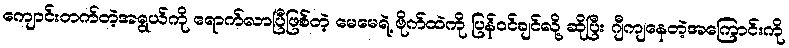
ကျောင်းတက်တဲ့အရွယ်ကို ရောက်လာပြီဖြစ်တဲ့ မေမေရဲ့ ဗိုက်ထဲကို ပြန်ဝင်ချင်လို့ ဆိုပြီး ဂျီကျနေတဲ့အကြောင်းကို